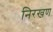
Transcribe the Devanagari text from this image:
निरखण